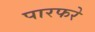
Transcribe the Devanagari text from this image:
पारफरे